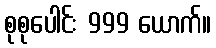
စုစုပေါင်း 999 ယောက်။